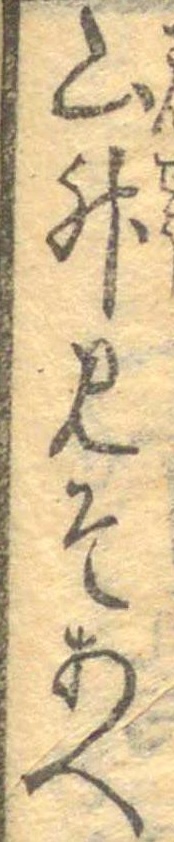
山椒みそあへ